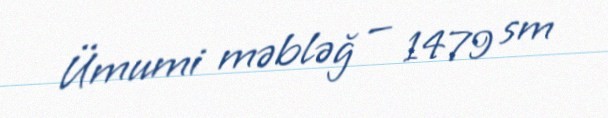
Ümumi məbləğ — 1479 sm